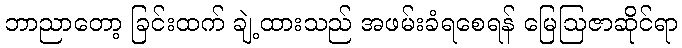
ဘာညာတော့ ခြင်းထက် ချဲ့ထားသည် အဖမ်းခံရစေရန် မြေဩဇာဆိုင်ရာ